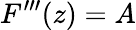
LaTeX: F^{\prime\prime\prime}(z)=A